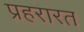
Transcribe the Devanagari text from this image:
प्रहरारत